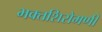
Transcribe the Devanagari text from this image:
भक्तशिरोमणी